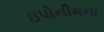
ઇપોનીમના